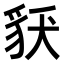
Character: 𧲶